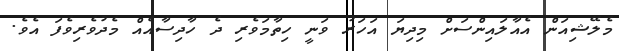
މެލޭޝިއަން އެއާލައިންސަށް މިދިޔަ އަހަރު ވަނީ ހިތާމަވެރި ދެ ހާދިސާއެއް މެދުވެރިވެފަ އެވެ.